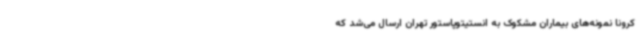
کرونا نمونه‌های بیماران مشکوک به انستیتوپاستور تهران ارسال می‌شد که